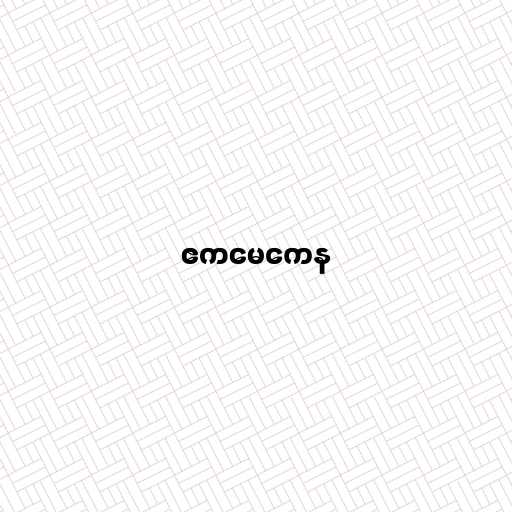
ဧကမေကေန